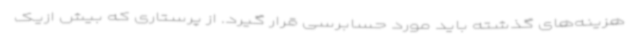
هزینه‌های گذشته باید مورد حسابرسی قرار گیرد. از پرستاری که بیش ازیک